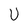
Character: U